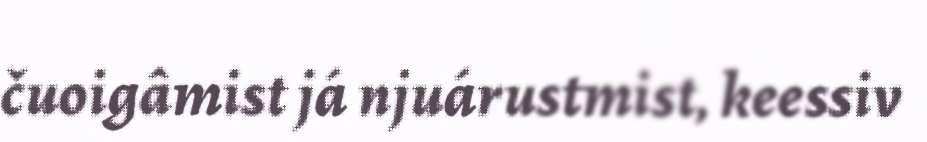
čuoigâmist já njuárustmist, keessiv